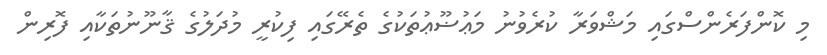
މި ކޮންފަރެންސްގައި މަޝްވަރާ ކުރެވުނު މަޢުޟޫޢުތަކުގެ ތެރޭގައި ފިކުރީ މުދަލުގެ ޤާނޫނުތަކާއި ފޮރިން